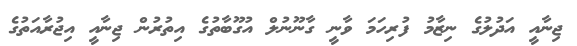
ޖިނާއީ އަދުލުގެ ނިޒާމު ފުރިހަމަ ވާނީ ގާނޫނުލް އުގޫބާތުގެ އިތުރުން ޖިނާއީ އިޖުރާއަތުގެ